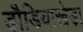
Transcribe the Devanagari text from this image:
डौडियाखेड़ा